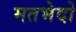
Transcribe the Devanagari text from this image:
मतभेदो